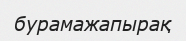
бурамажапырақ